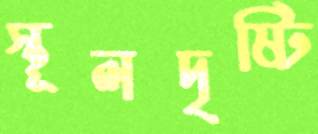
স্থূলদৃষ্টি